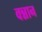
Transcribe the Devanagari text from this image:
वन्नान